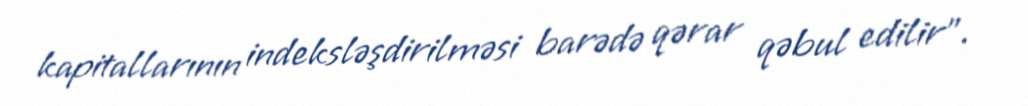
kapitallarının indeksləşdirilməsi barədə qərar qəbul edilir".